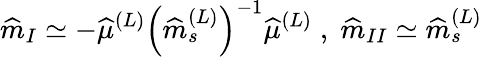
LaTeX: \widehat{m}_{I}\simeq-\widehat{\mu}^{(L)}\left(\widehat{m}_{s}^{(L)}\right)^{-1}\widehat{\mu}^{(L)}\; ,\; \widehat{m}_{II}\simeq\widehat{m}_{s}^{(L)}